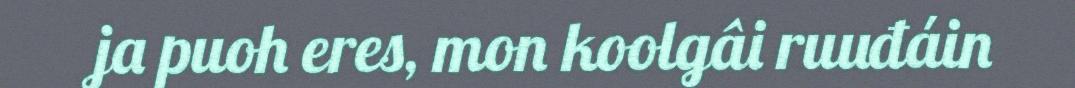
ja puoh eres, mon koolgâi ruuđáin